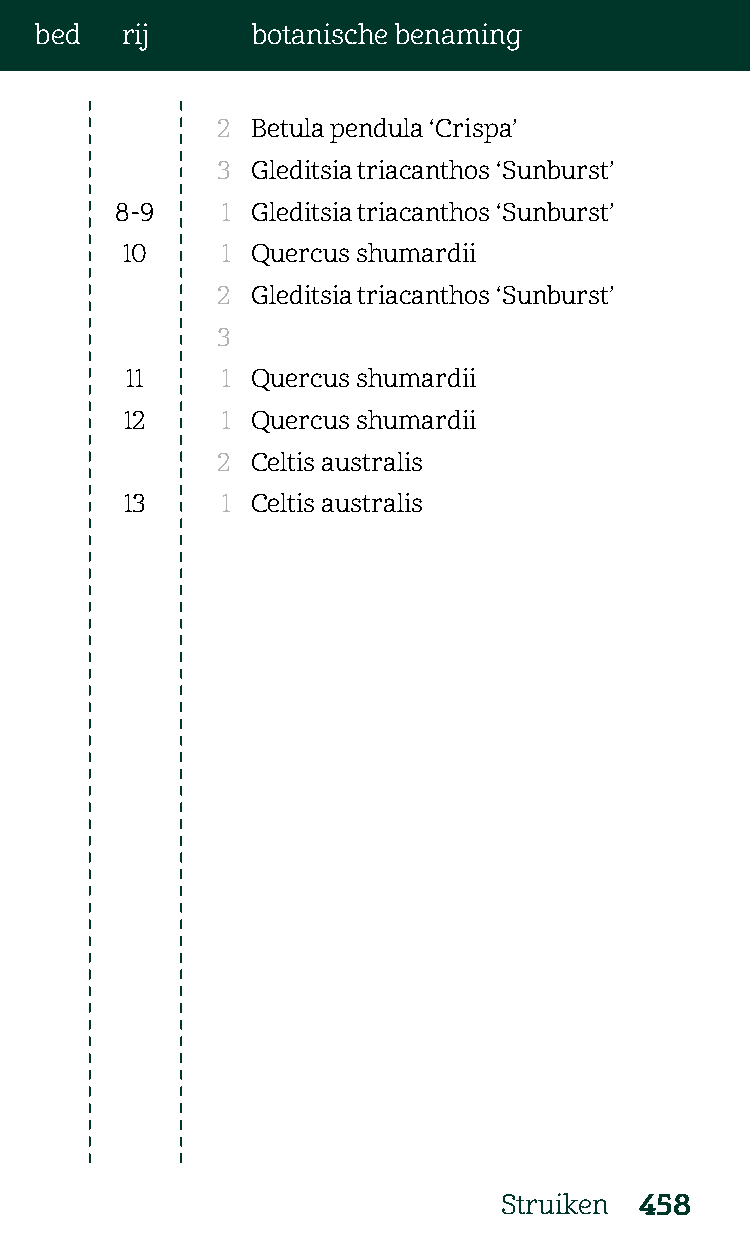
bed   rij      botanische benaming
 2  Betula pendula ‘Crispa’
 3  Gleditsia triacanthos ‘Sunburst’
 8-9    1 Gleditsia triacanthos ‘Sunburst’
 10     1 Quercus shumardii
 2  Gleditsia triacanthos ‘Sunburst’
 3
 11     1 Quercus shumardii
 12     1 Quercus shumardii
 2  Celtis australis
 13     1 Celtis australis
 Struiken 458